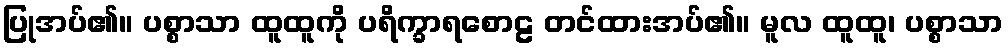
ပြုအပ်၏။ ပစ္စာသာ ထူထူကို ပရိက္ခာရစောဠ တင်ထားအပ်၏။ မူလ ထူထူ၊ ပစ္စာသာ